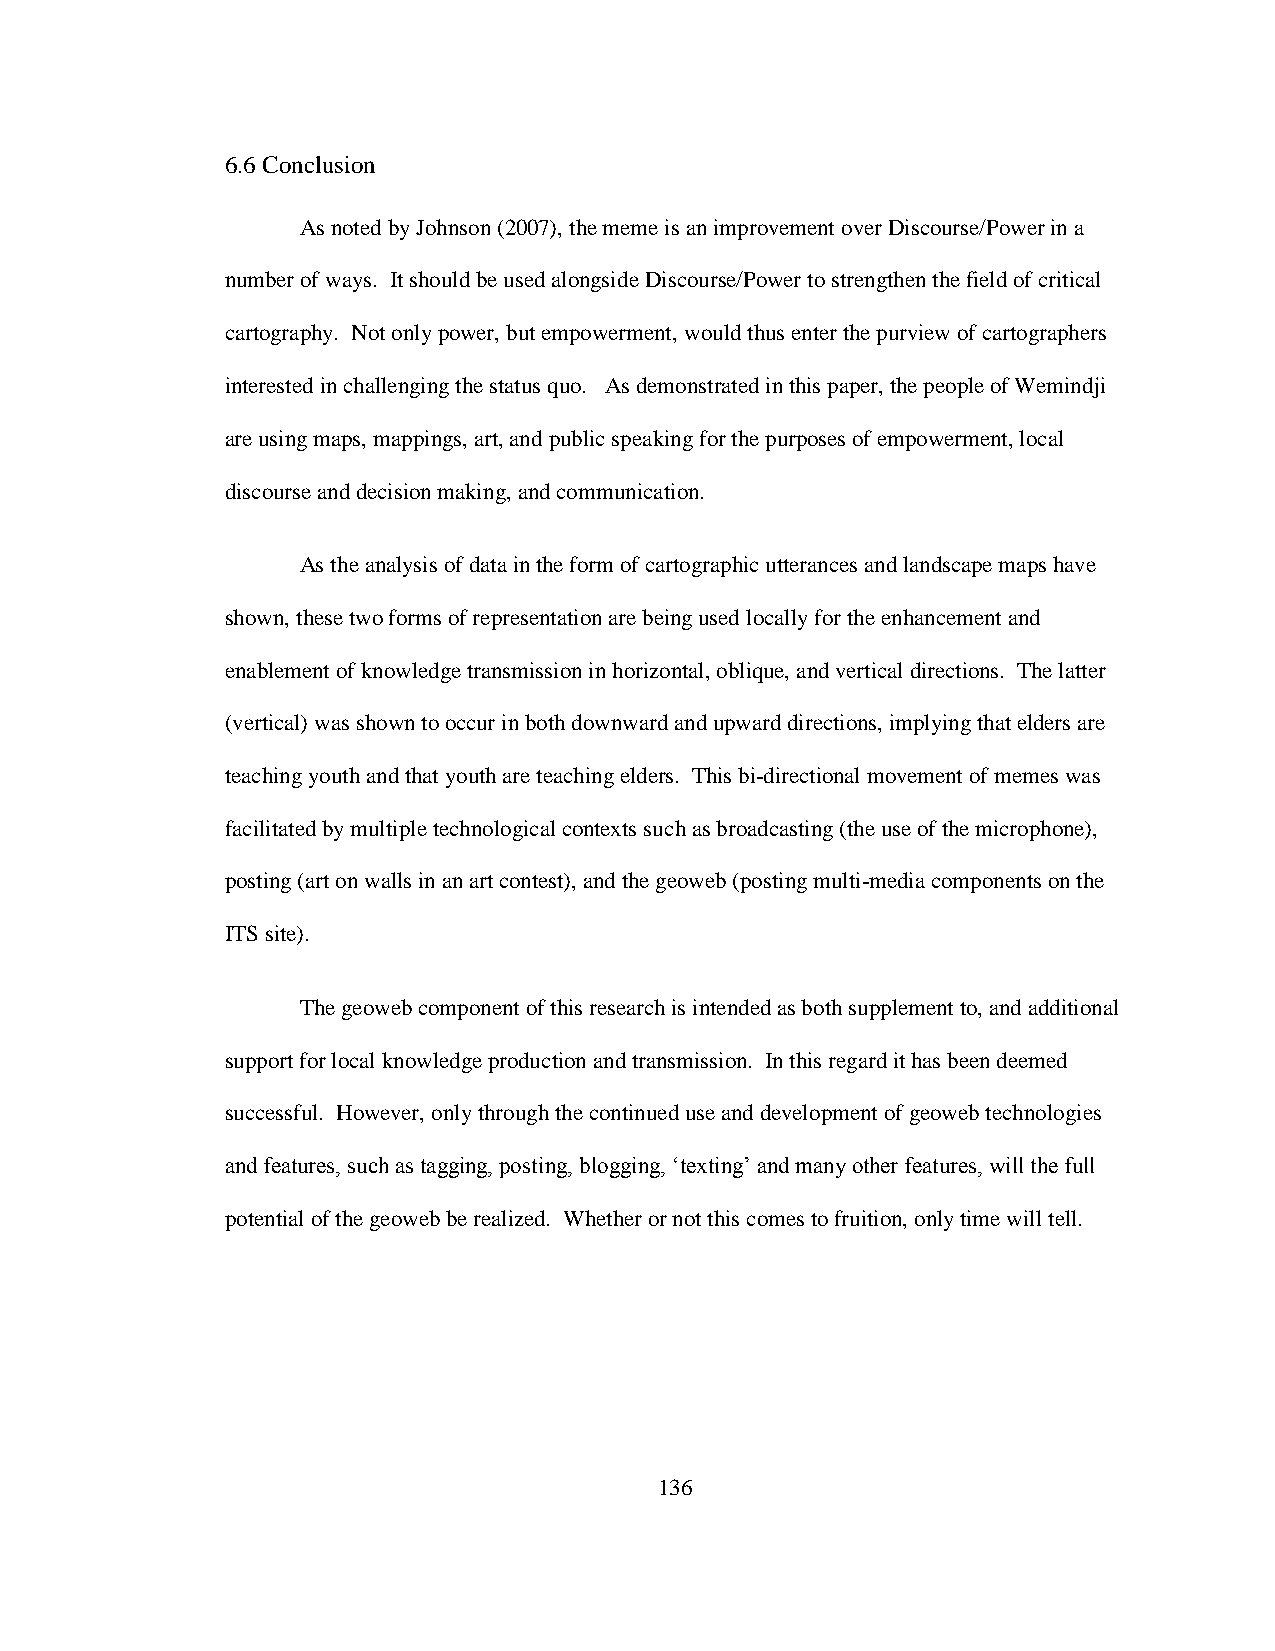
6.6 Conclusion
 As noted by Johnson (2007), the meme is an improvement over Discourse/Power in a
 number of ways. It should be used alongside Discourse/Power to strengthen the field of critical
 cartography. Not only power, but empowerment, would thus enter the purview of cartographers
 interested in challenging the status quo. As demonstrated in this paper, the people of Wemindji
 are using maps, mappings, art, and public speaking for the purposes of empowerment, local
 discourse and decision making, and communication.
 As the analysis of data in the form of cartographic utterances and landscape maps have
 shown, these two forms of representation are being used locally for the enhancement and
 enablement of knowledge transmission in horizontal, oblique, and vertical directions. The latter
 (vertical) was shown to occur in both downward and upward directions, implying that elders are
 teaching youth and that youth are teaching elders. This bi-directional movement of memes was
 facilitated by multiple technological contexts such as broadcasting (the use of the microphone),
 posting (art on walls in an art contest), and the geoweb (posting multi-media components on the
 ITS site).
 The geoweb component of this research is intended as both supplement to, and additional
 support for local knowledge production and transmission. In this regard it has been deemed
 successful. However, only through the continued use and development of geoweb technologies
 and features, such as tagging, posting, blogging, „texting‟ and many other features, will the full
 potential of the geoweb be realized. Whether or not this comes to fruition, only time will tell.
 136